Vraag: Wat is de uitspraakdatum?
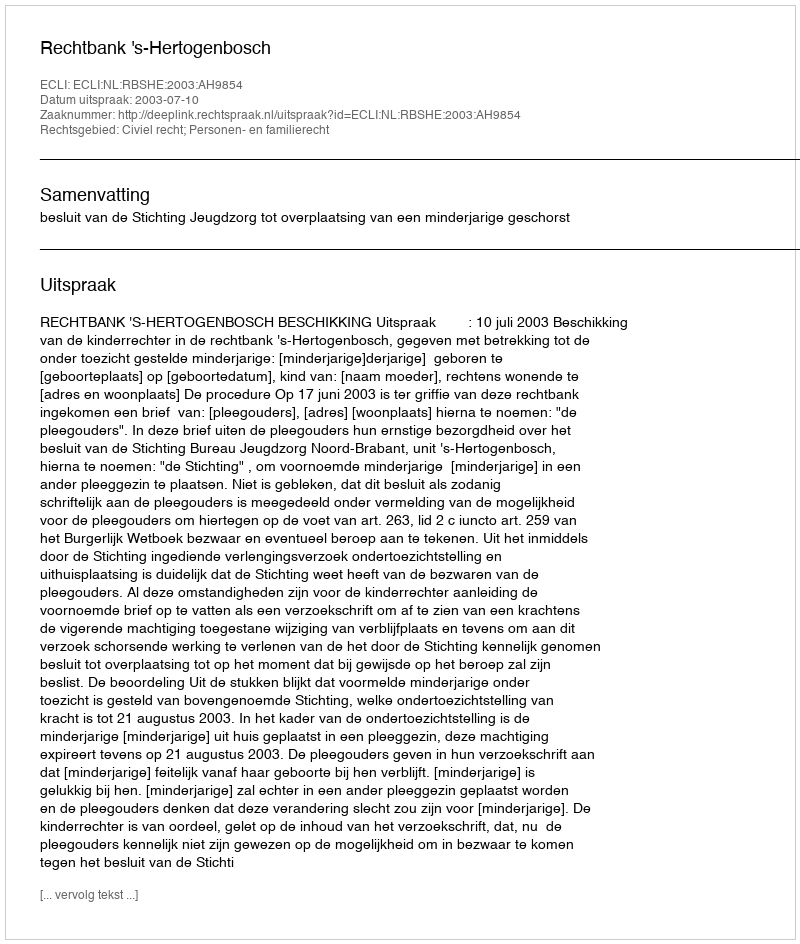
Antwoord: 2003-07-10